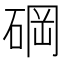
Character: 碙